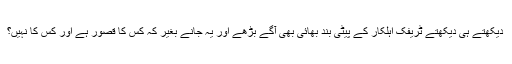
دیکھتے ہی دیکھتے ٹریفک اہلکار کے پیٹی بند بھائی بھی آگے بڑھے اور یہ جانے بغیر کہ کس کا قصور ہے اور کس کا نہیں؟